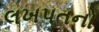
લખપતનો